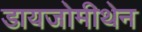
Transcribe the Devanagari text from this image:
डायजोमीथेन